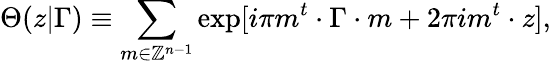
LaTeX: \Theta(z|\Gamma)\equiv\sum_{m\in\mathbb{Z}^{n-1}}\exp[i\pi m^{t}\cdot\Gamma\cdot m+2\pi im^{t}\cdot z],